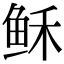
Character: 稣